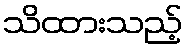
သိထားသည့်